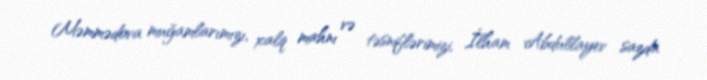
Məmmədova muğamlarımızı, xalq mahnı və təsniflərimizi, İlham Abdullayev sazda